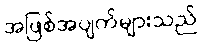
အဖြစ်အပျက်များသည်